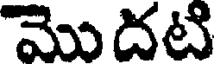
మొదటి